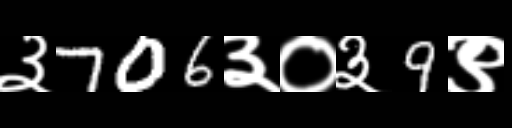
Text: ३706३०३9९